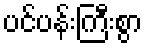
ပင်ပန်းကြီးစွာ